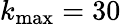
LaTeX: k_{\operatorname*{max}}=30